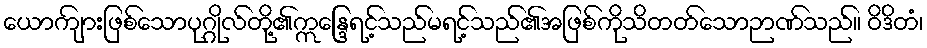
ယောကျ်ားဖြစ်သောပုဂ္ဂိုလ်တို့၏ဣန္ဒြေရင့်သည်မရင့်သည်၏အဖြစ်ကိုသိတတ်သောဉာဏ်သည်။ ဝိဒိတံ၊